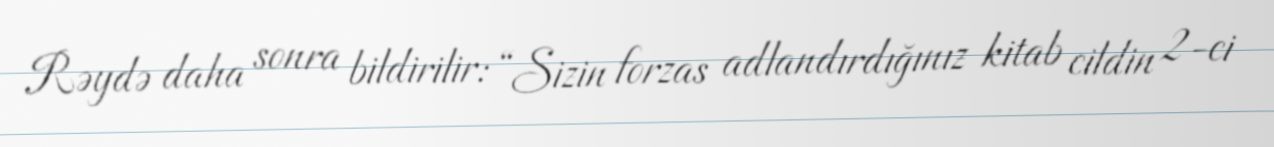
Rəydə daha sonra bildirilir: “Sizin forzas adlandırdığınız kitab cildin 2-ci